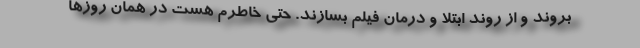
بروند و از روند ابتلا و درمان فیلم بسازند. حتی خاطرم هست در همان روزها